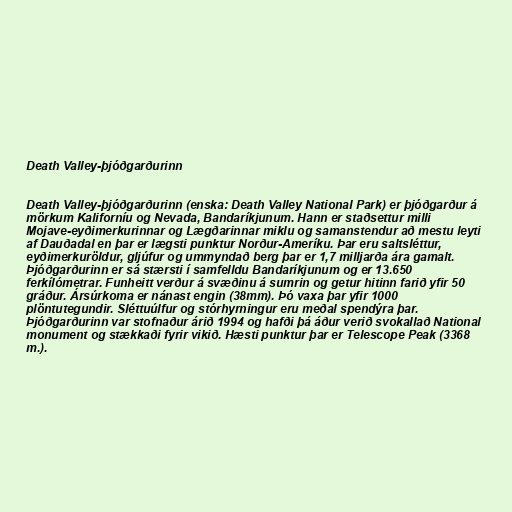
Death Valley-þjóðgarðurinn

Death Valley-þjóðgarðurinn (enska: Death Valley National Park) er þjóðgarður á
mörkum Kaliforníu og Nevada, Bandaríkjunum. Hann er staðsettur milli
Mojave-eyðimerkurinnar og Lægðarinnar miklu og samanstendur að mestu leyti
af Dauðadal en þar er lægsti punktur Norður-Ameríku. Þar eru saltsléttur,
eyðimerkuröldur, gljúfur og ummyndað berg þar er 1,7 milljarða ára gamalt.
Þjóðgarðurinn er sá stærsti í samfelldu Bandaríkjunum og er 13.650
ferkílómetrar. Funheitt verður á svæðinu á sumrin og getur hitinn farið yfir 50
gráður. Ársúrkoma er nánast engin (38mm). Þó vaxa þar yfir 1000
plöntutegundir. Sléttuúlfur og stórhyrningur eru meðal spendýra þar.
Þjóðgarðurinn var stofnaður árið 1994 og hafði þá áður verið svokallað National
monument og stækkaði fyrir vikið. Hæsti punktur þar er Telescope Peak (3368
m.).